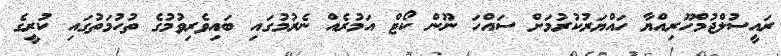
ރައީސުލްޖުމްހޫރިއްޔާ ހައްޔަރުކުރުމަށް ސައްހަ ނޫން ކޯޓް އަމުރެއް ނެރުމުގައި ބައިވެރިވުމުގެ ތުހުމަތުގައި ކުރީގެ